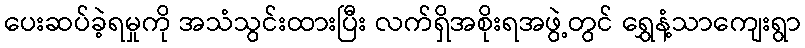
ပေးဆပ်ခဲ့ရမှုကို အသံသွင်းထားပြီး လက်ရှိအစိုးရအဖွဲ့တွင် ရွှေနံ့သာကျေးရွာ